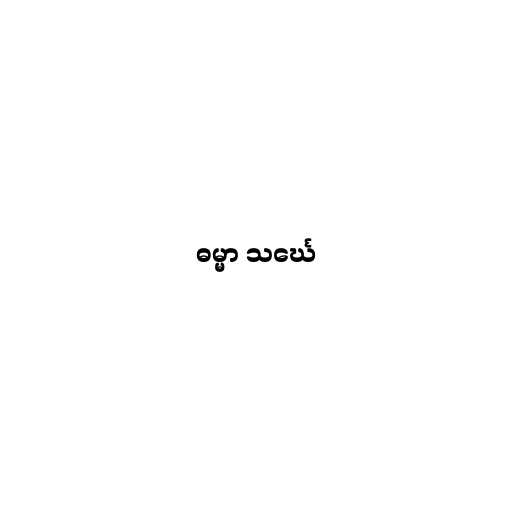
ဓမ္မာ သင်္ဃေ